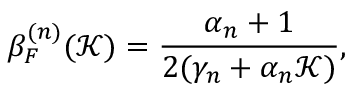
\beta _ { F } ^ { ( n ) } ( \mathcal { K } ) = \frac { \alpha _ { n } + 1 } { 2 ( \gamma _ { n } + \alpha _ { n } \mathcal { K } ) } ,